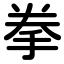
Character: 拳